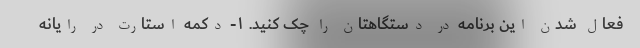
فعال شدن این برنامه در دستگاهتان را چک کنید. ۱- دکمه استارت در رایانه